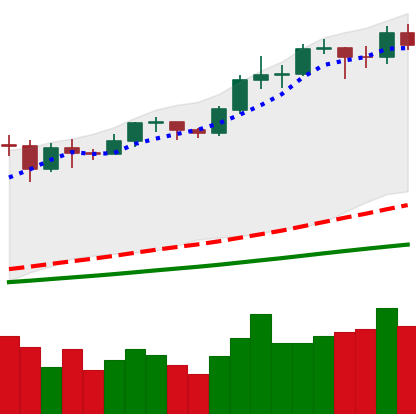
Ticker: BTC-USD
Chart end date: 2020-11-25
Forward return: 4.771%
Label: up_3_5